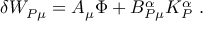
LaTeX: \delta W _ { P \mu } = A _ { \mu } \Phi + B _ { P \mu } ^ { \alpha } K _ { P } ^ { \alpha } \ .